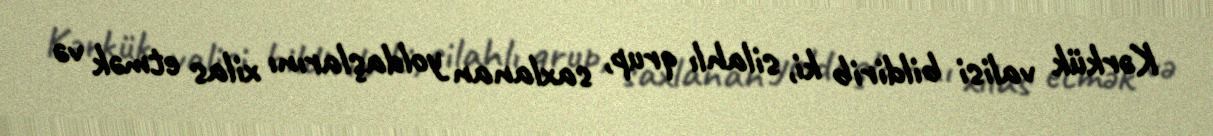
Kərkük valisi bildirib ki, silahlı qrup, saxlanan yoldaşlarını xilas etmәk vә